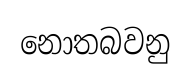
නොතබවනු